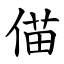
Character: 㑤